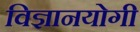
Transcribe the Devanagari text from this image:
विज्ञानयोगी